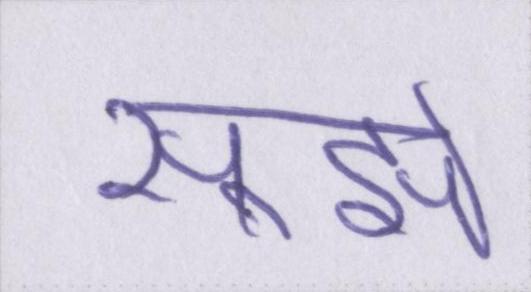
सूझे